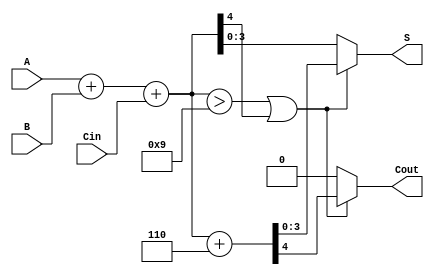
module BCD_Asynchronous_Adder (
    input [3:0] A,        // First BCD digit
    input [3:0] B,        // Second BCD digit
    input Cin,            // Carry-in input
    output reg [3:0] S,   // BCD output sum
    output reg Cout       // Carry-out flag
);

    wire [4:0] sum;       // 5-bit sum to handle carry
    wire correction;       // Signal to indicate if correction is needed

    // Perform binary addition
    assign sum = A + B + Cin;

    // Determine if correction is needed
    assign correction = (sum > 9) || (sum[4] == 1);

    always @(*) begin
        if (correction) begin
            // Apply BCD correction by adding 6
            {Cout, S} = sum + 6;
        end else begin
            // No correction needed
            Cout = 0;
            S = sum[3:0];
        end
    end

endmodule